Senior Leaving Certificate Examination (including Day School Certificate (Higher) General paper), 1947
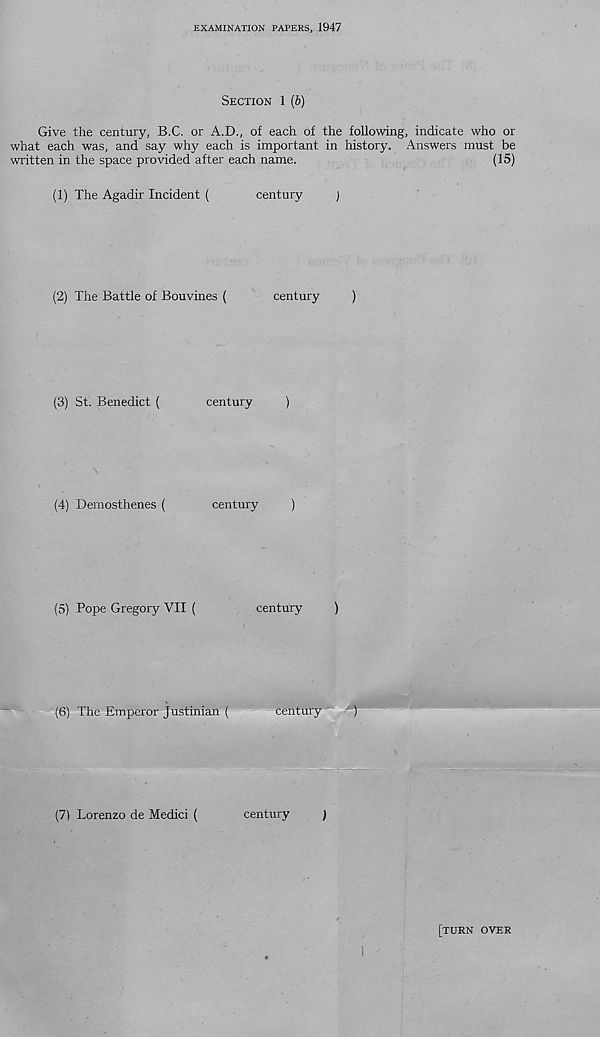
EXAMINATION PAPERS, 1947
SECTION 1 (b)
Give the century, B.C. or A.D., of each of the following, indicate who or
what each was, and say why each is important in history. Answers must be
written in the space provided after each name.
(15)
(1) The Agadir Incident (
century
)
(2) The Battle of Bouvines (
century
)
(3) St. Benedict (
century
)
(4) Demosthenes (
century
)
(5) Pope Gregory VII (
century
)
(6) The Emperor Justinian (
century
)
(7) Lorenzo de Medici (
century
)
[TURN OVER